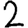
Digit: 2